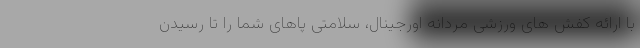
با ارائه کفش های ورزشی مردانه اورجینال، سلامتی پاهای شما را تا رسیدن